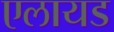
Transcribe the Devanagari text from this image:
एलायड